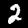
Label: 2